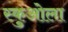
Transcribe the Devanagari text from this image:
स्कुओला